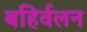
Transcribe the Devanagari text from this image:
बहिर्वलन